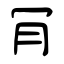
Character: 肎